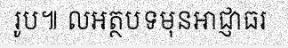
រូប៕ លអត្ថបទមុនអាជ្ញាធរ